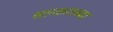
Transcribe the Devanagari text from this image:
साय्कास्च्या